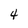
Character: 4